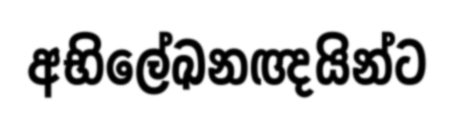
අභිලේඛනඥයින්ට